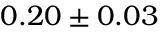
0 . 2 0 \pm 0 . 0 3